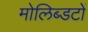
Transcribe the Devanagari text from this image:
मोलिब्डटों